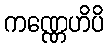
ကဏ္ဏေဟိပိ